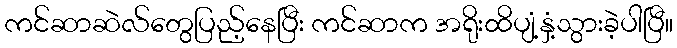
ကင်ဆာဆဲလ်တွေပြည့်နေပြီး ကင်ဆာက အရိုးထိပျံ့နှံ့သွားခဲ့ပါပြီ။